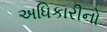
અધિકારીનો